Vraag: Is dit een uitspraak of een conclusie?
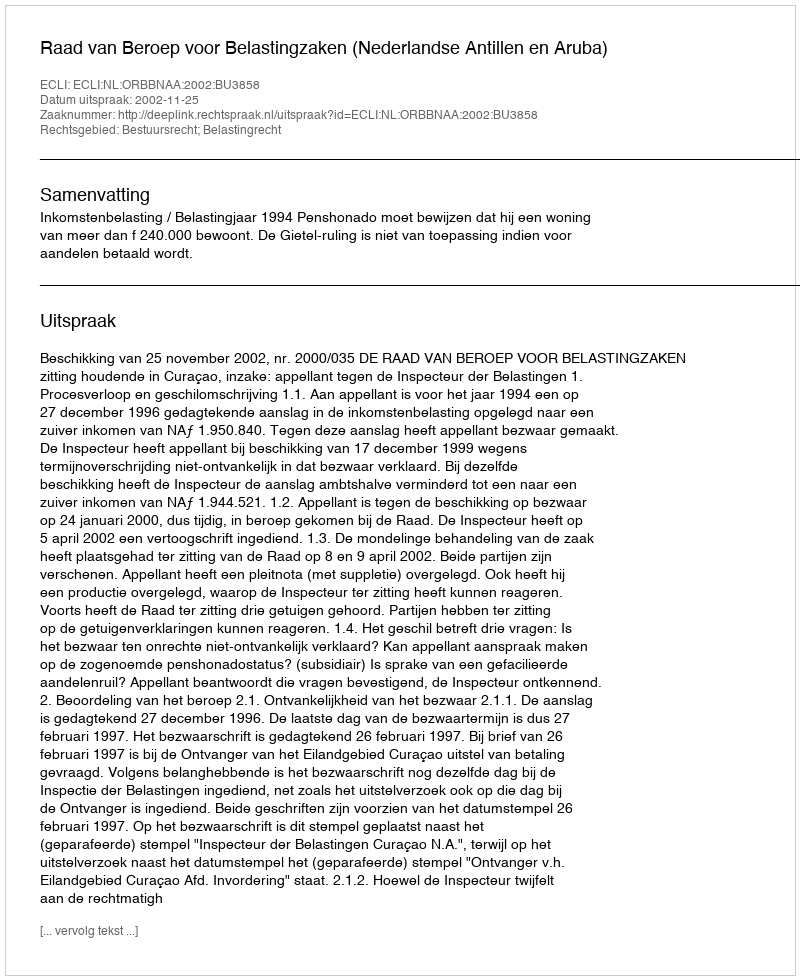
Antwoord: Uitspraak